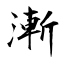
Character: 漸